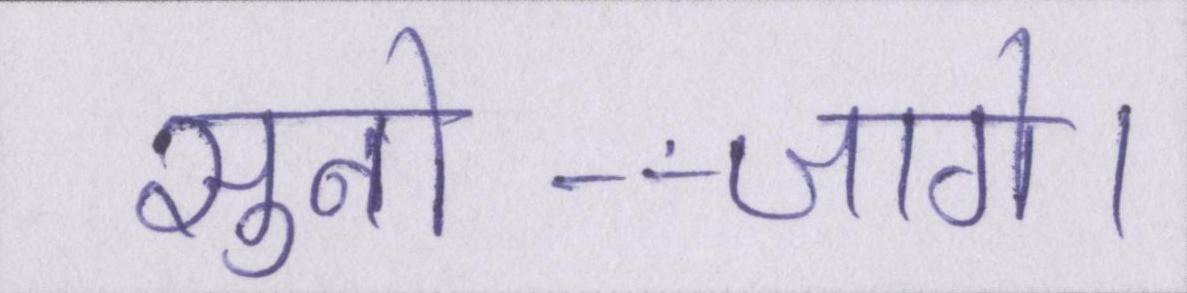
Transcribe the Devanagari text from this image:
सुनो--जागे।